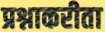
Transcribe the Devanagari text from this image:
प्रश्नाकरीता